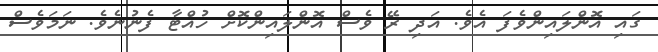
ގައި އޮންލައިންވެފަ އެވެ. އަދި ރޭ ވެސް އޮންލައިންކޮށް ހުއްޓާ ފެނުނެވެ. ނަމަވެސް